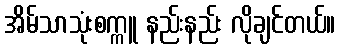
အိမ်သာသုံးစက္ကူ နည်းနည်း လိုချင်တယ်။